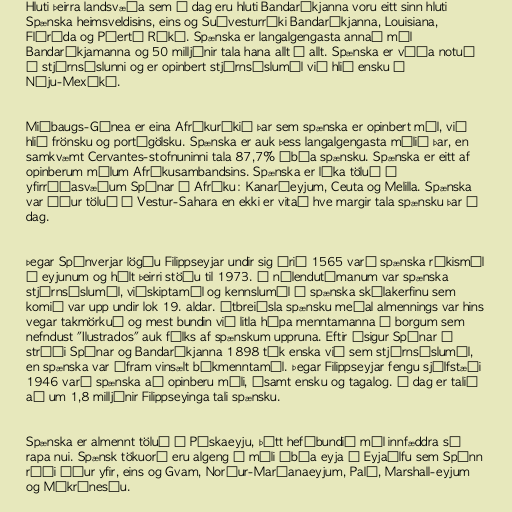
Hluti þeirra landsvæða sem í dag eru hluti Bandaríkjanna voru eitt sinn hluti
Spænska heimsveldisins, eins og Suðvesturríki Bandaríkjanna, Louisiana,
Flórída og Púertó Ríkó. Spænska er langalgengasta annað mál
Bandaríkjamanna og 50 milljónir tala hana allt í allt. Spænska er víða notuð
í stjórnsýslunni og er opinbert stjórnsýslumál við hlið ensku í
Nýju-Mexíkó.

Miðbaugs-Gínea er eina Afríkuríkið þar sem spænska er opinbert mál, við
hlið frönsku og portúgölsku. Spænska er auk þess langalgengasta málið þar, en
samkvæmt Cervantes-stofnuninni tala 87,7% íbúa spænsku. Spænska er eitt af
opinberum málum Afríkusambandsins. Spænska er líka töluð á
yfirráðasvæðum Spánar í Afríku: Kanaríeyjum, Ceuta og Melilla. Spænska
var áður töluð í Vestur-Sahara en ekki er vitað hve margir tala spænsku þar í
dag.

Þegar Spánverjar lögðu Filippseyjar undir sig árið 1565 varð spænska ríkismál
á eyjunum og hélt þeirri stöðu til 1973. Á nýlendutímanum var spænska
stjórnsýslumál, viðskiptamál og kennslumál í spænska skólakerfinu sem
komið var upp undir lok 19. aldar. Útbreiðsla spænsku meðal almennings var hins
vegar takmörkuð og mest bundin við litla hópa menntamanna í borgum sem
nefndust "Ilustrados" auk fólks af spænskum uppruna. Eftir ósigur Spánar í
stríði Spánar og Bandaríkjanna 1898 tók enska við sem stjórnsýslumál,
en spænska var áfram vinsælt bókmenntamál. Þegar Filippseyjar fengu sjálfstæði
1946 varð spænska að opinberu máli, ásamt ensku og tagalog. Í dag er talið
að um 1,8 milljónir Filippseyinga tali spænsku.

Spænska er almennt töluð á Páskaeyju, þótt hefðbundið mál innfæddra sé
rapa nui. Spænsk tökuorð eru algeng í máli íbúa eyja í Eyjaálfu sem Spánn
réði áður yfir, eins og Gvam, Norður-Maríanaeyjum, Palá, Marshall-eyjum
og Míkrónesíu.